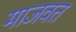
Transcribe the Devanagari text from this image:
माजवत